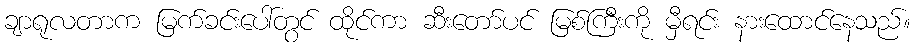
ချာရုလတာက မြက်ခင်းပေါ်တွင် ထိုင်ကာ ဆီးတော်ပင် မြစ်ကြီးကို မှီရင်း နားထောင်နေသည်။